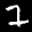
Label: 7